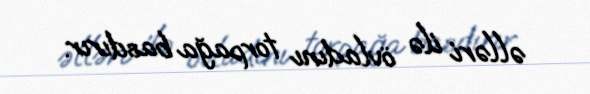
əlləri ilə övladını torpağa basdırır.